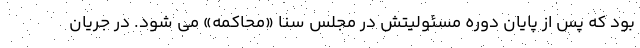
بود که پس از پایان دوره مسئولیتش در مجلس سنا «محاکمه» می شود. در جریان